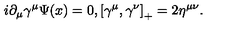
i \partial _ { \mu } \gamma ^ { \mu } \Psi ( x ) = 0 , \left[ \gamma ^ { \mu } , \gamma ^ { \nu } \right] _ { + } = 2 \eta ^ { \mu \nu } .